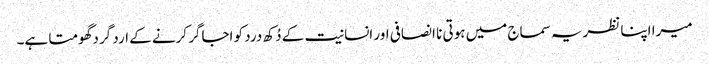
میرا اپنا نظریہ سماج میں ہوتی نا انصافی اور انسانیت کے دُکھ درد کو اجاگر کرنے کے ارد گرد گھومتا ہے۔